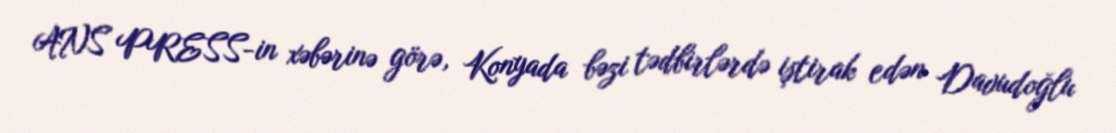
ANS PRESS-in xəbərinə görə, Konyada bəzi tədbirlərdə iştirak edən Davudoğlu